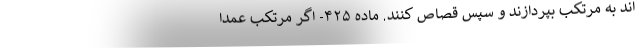
اند به مرتکب بپردازند و سپس قصاص کنند. ماده ۴۲۵- اگر مرتکب عمداً